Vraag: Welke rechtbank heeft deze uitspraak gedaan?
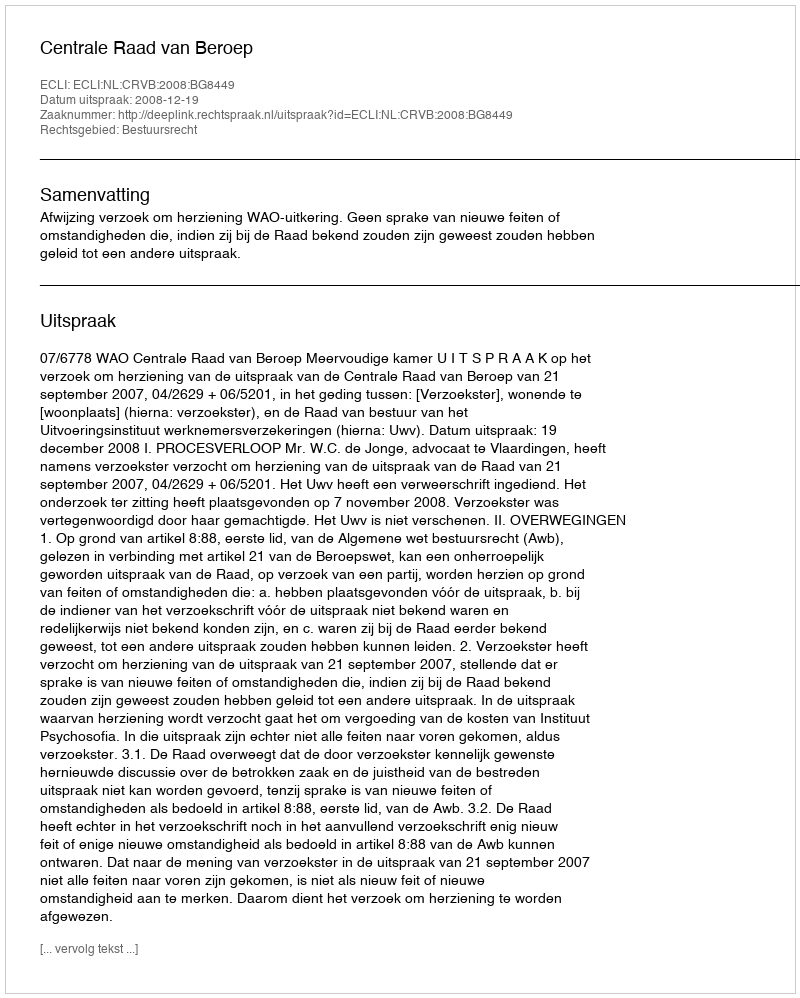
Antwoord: Centrale Raad van Beroep